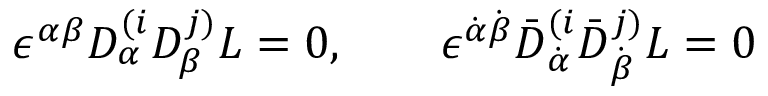
\epsilon ^ { \alpha \beta } D _ { \alpha } ^ { ( i } D _ { \beta } ^ { j ) } L = 0 , \qquad \epsilon ^ { \dot { \alpha } \dot { \beta } } \bar { D } _ { \dot { \alpha } } ^ { ( i } \bar { D } _ { \dot { \beta } } ^ { j ) } L = 0